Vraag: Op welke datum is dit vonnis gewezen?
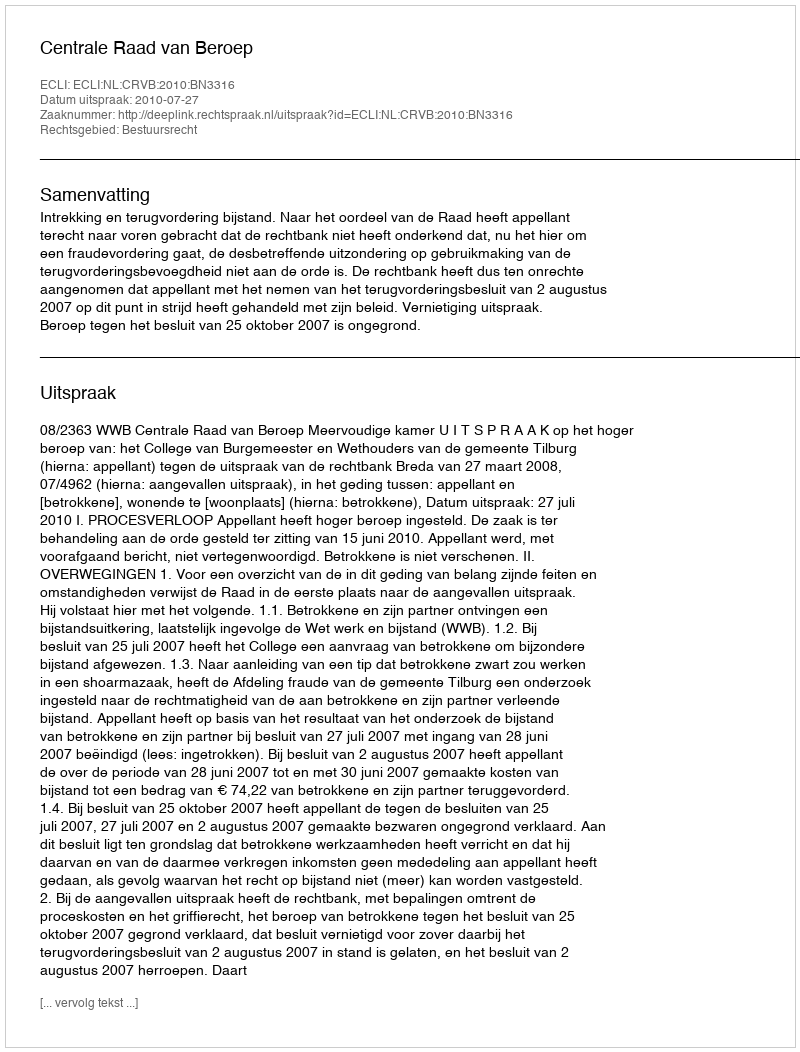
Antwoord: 2010-07-27